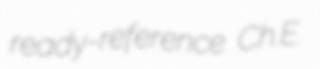
ready-reference Ch.E.